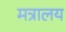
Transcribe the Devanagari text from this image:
मत्रालय